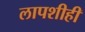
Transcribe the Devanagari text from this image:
लापशीही